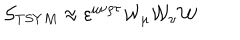
{ \cal S } _ { T S Y M } \approx \varepsilon ^ { \mu \nu \rho \tau } { \cal W } _ { \mu } { \cal W } _ { \nu } { \cal W }